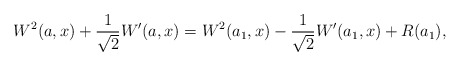
\begin{align*}W^2(a,x) + \frac{1}{\sqrt{2}}W^{\prime}(a,x) = W^2(a_{1},x) -\frac{1}{\sqrt{2}}W^{\prime} (a_1,x) +R (a_1), \end{align*}